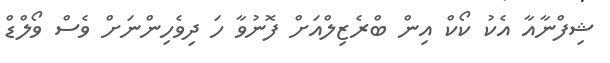
ޝިފްނާއާ އެކު ކޯކް އިން ބްރެޒިލްއަށް ފޮނުވާ ހަ ދިވެހިންނަށް ވެސް ވޯލްޑް